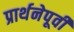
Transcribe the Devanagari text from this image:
प्रार्थनेपूर्वी